Annual statistical returns and brief notes on vaccination in Bengal - 1909-1929
Year: 1909
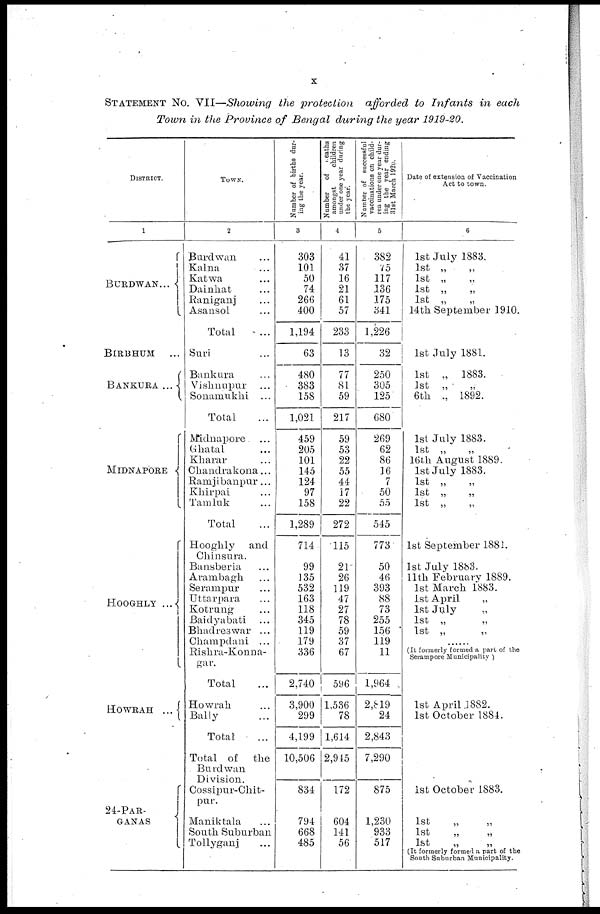
x
STATEMENT NO. VII—Showing the protection afforded to Infants in each
Town in the Province of Bengal during the year 1919-20.
DISTRICT.
1
BURDWAN ...
BIRBHUM
...
BANKURA ...
MIDNAPORE
HOOGHLY ...
HOWRAH
...
24-PAR-
GANAS
TOWN.
2
Burdwan ...
Kalna
...
Katwa ...
Dainhat ...
Raniganj ...
Asansol ...
Total ...
Suri ...
Bankura ...
Vishnupur ...
Sonamukhi ...
Total ...
Midnapore ...
Ghatal ...
Kharar ...
Chandrakona ...
Ramjibanpur...
Khirpai ...
Tamluk ...
Total ...
Hooghly
and
Chinsura.
Bansberia ...
Arambagh ...
Serampur ...
Uttarpara ...
Kotrung ...
Baidyabati ...
Bkadreswar ...
Champdani ...
Rishra-Konna-
gar.
Total ...
Howrah ...
Bally ...
Total ...
Total of
the
Burdwan
Division.
Cossipur-Chit-
pur.
Maniktala ...
Soutk Suburban
Tollyganj ...
Number of births dur-
ing the year.
3
303
101
50
74
266
400
1,194
63
480
383
158
1,021
459
205
101
145
124
97
158
1,289
714
99
135
532
163
118
345
119
179
336
2,740
3,900
299
4,199
10,506
834
794
668
485
Number
of deaths
amongst
children
under one year during
the year.
4
41
37
16
21
61
57
233
13
77
81
59
217
59
53
22
55
44
17
22
272
115
21
26
119
47
27
78
59
37
67
596
1,536
78
1,614
2,915
172
604
141
56
Number of successful
vaccinations on child-
ren under one year dur-
ing the year ending
31st March 1920.
5
382
75
117
136
175
341
1,226
32
250
305
125
680
269
62
86
16
7
50
55
545
773
50
46
393
88
73
255
156
119
11
1,964
2,819
24
2,843
7,290
875
1,230
933
517
Date of extension of Vaccination
Act to town.
6
1st July 1883.
1st „
„
1st „
„
1st „ „
1st „
„
14 th September 1910.
1st July 1881.
1st „ 1883.
1st „
„
6th „ 1892.
1st July 1883.
1st „ „
16 th August 1889.
1st July 1883.
1st „
„
1st „
„
1st „
„
1st September 1881.
1st July 1883.
11th February 1889.
1st March 1883.
1st April
„
1st July
„
1st „
„
1st „
„
(It formerly formed a part of the
Serampore Municipality )
1st April .1882.
1st October 1884.
1st October 1883.
1st
„
„
1st
„
„
1st
„
„
(It formerly formed a part of the
South Suburban Municipality.